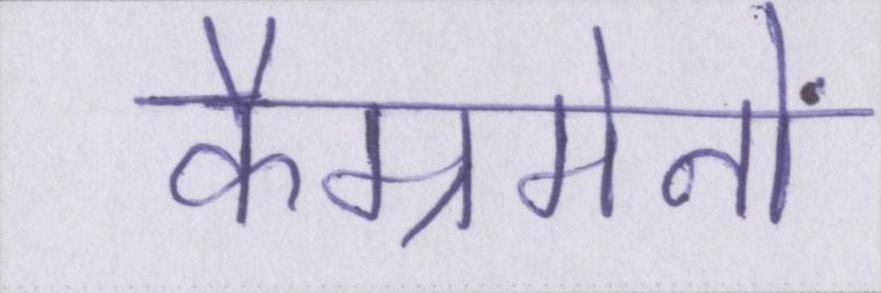
कैम्रमेनों